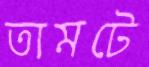
তামটে